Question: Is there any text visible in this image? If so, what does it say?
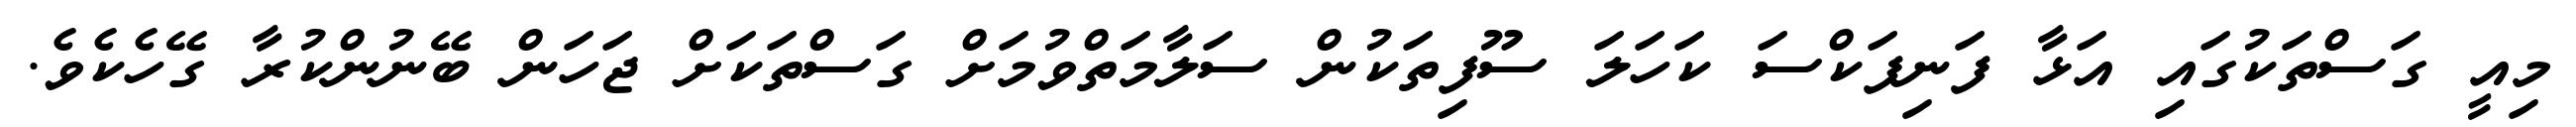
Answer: މިއީ ގަސްތަކުގައި އަޅާ ފަނިފަކްސަ ކަހަލަ ސޫފިތަކުން ސަލާމަތްވުމަށް ގަސްތަކަށް ޖަހަން ބޭނުންކުރާ ގޭހެކެވެ.